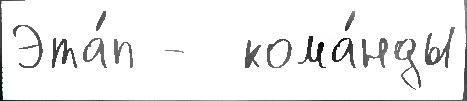
Эта́п -  кома́нды